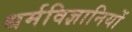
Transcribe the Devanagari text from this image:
धर्मविज्ञानियों